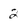
Character: 2